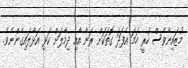
މުޒައިނާވެސް ހުރީ ހަމަ އެފަދަ ގޮތަކަށް ރަނާ އާއި ދިމާލަށް ކަޅި އަޅާލައިގެންނެވެ.